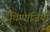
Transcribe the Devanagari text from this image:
चिम्पांज़ियों